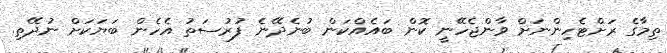
ތިމާގެ ރަށްޓެހިންނަށް ވާންޖެހޭނީ ކޮން ބައެއްކަން ބުނެދޭނެ ފުރުސަތު އެހެން ބަޔަކަށް ނުދޭތި.